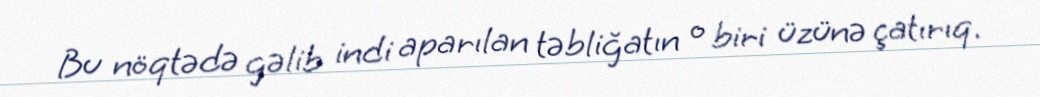
Bu nöqtədə gəlib indi aparılan təbliğatın o biri üzünə çatırıq.